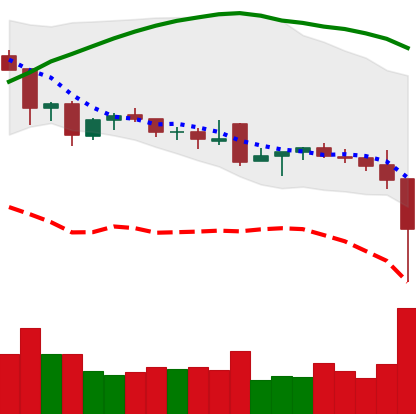
Ticker: NEO-USD
Chart end date: 2021-12-04
Forward return: -5.532%
Label: down_5_7